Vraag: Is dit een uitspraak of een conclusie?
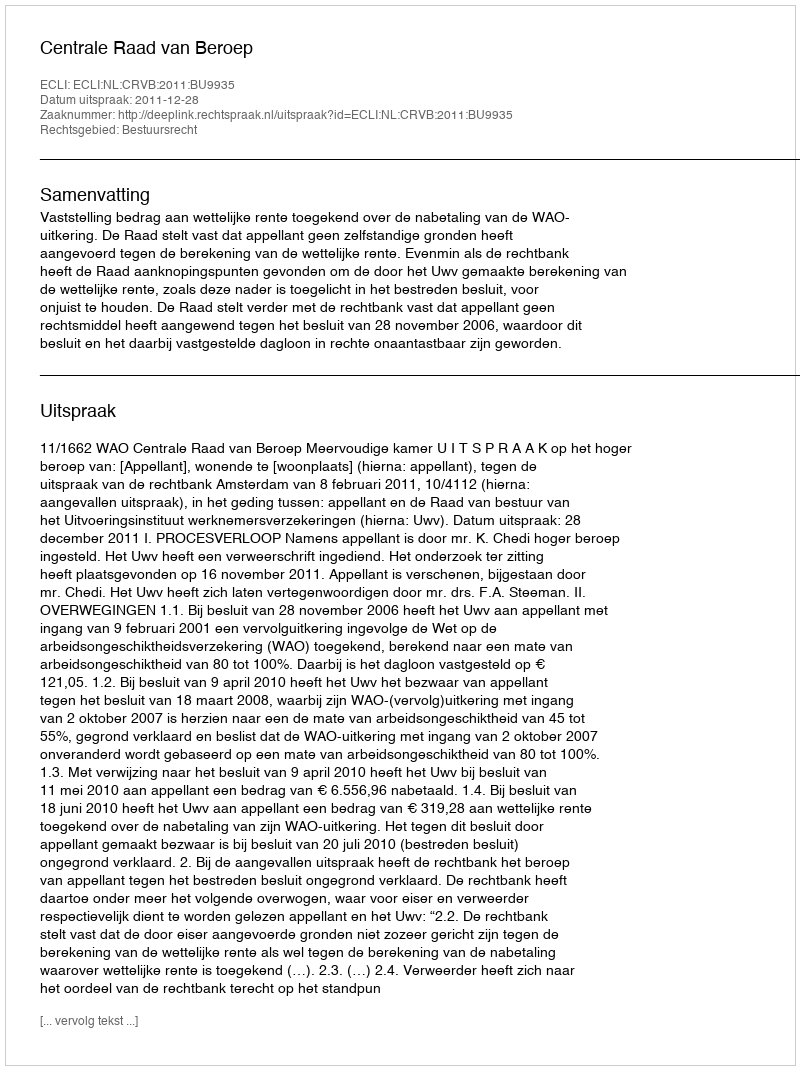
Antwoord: Uitspraak